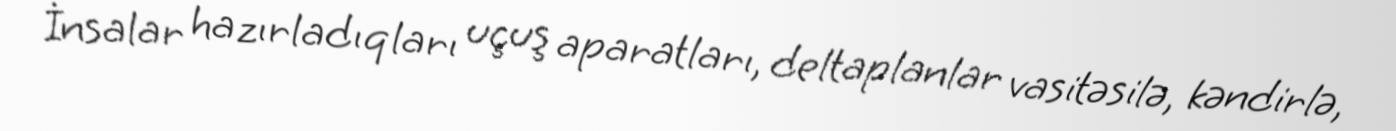
İnsalar hazırladıqları uçuş aparatları, deltaplanlar vasitəsilə, kəndirlə,